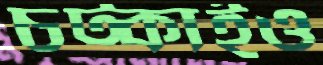
চট্‌কাইও